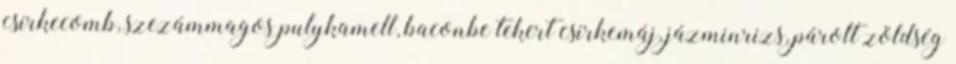
csirkecomb, szezámmagos pulykamell, baconbe tekert csirkemáj, jázminrizs, párolt zöldség